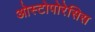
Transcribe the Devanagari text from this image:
ओस्टोपोरेसिस